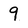
Character: 9